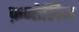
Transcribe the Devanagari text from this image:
फ़नोलिक